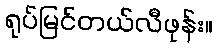
ရုပ်မြင်တယ်လီဖုန်း။